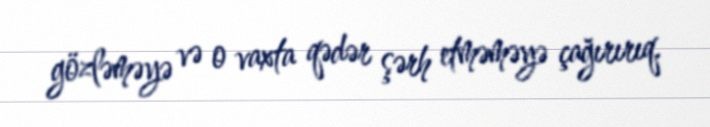
gözləməyə və o vaxta qədər şərh etməməyə çağırırıq.